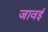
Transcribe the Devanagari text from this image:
जावई